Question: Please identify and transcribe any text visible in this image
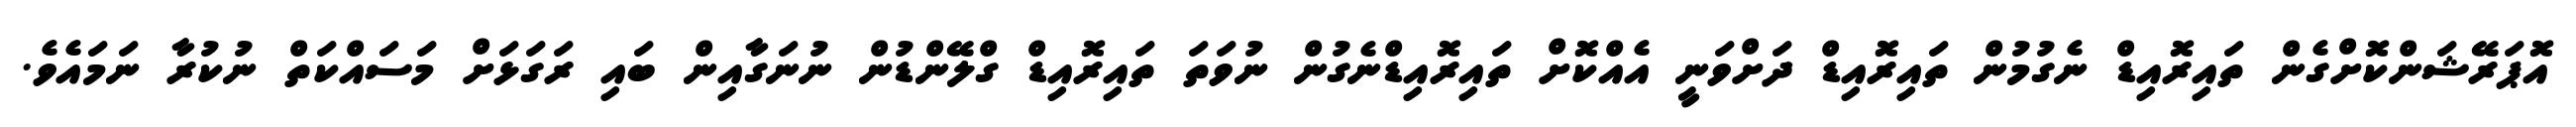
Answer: އޮޕަރޭޝަންކޮށްގެން ތައިރޮއިޑް ނެގުމުން ތައިރޮއިޑް ދަށްވަނީ އެއްކޮށް ތައިރޮއިޑްނެގުން ނުވަތަ ތައިރޮއިޑް ގްލޭންޑުން ނުނަގާއިން ބައި ރަގަޅަށް މަސައްކަތް ނުކުރާ ނަމައެވެ.